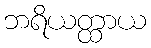
ဘရိယတ္ထာယ